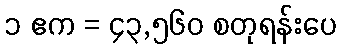
၁ ဧက = ၄၃,၅၆၀ စတုရန်းပေ